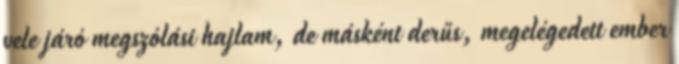
vele járó megszólási hajlam, de másként derűs, megelégedett ember